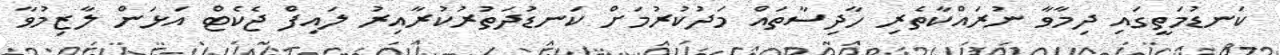
ކަނޑުމަތީގައި ދިމާވާ ނުރައްކާތެރި ހާދިސާތައް މަދުކުރުމަށް ކަނޑުދަތުރުކުރާއިރު ލައިފް ޖެކެޓް އަޅަން ލާޒިމުވާ